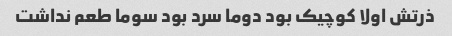
ذرتش اولا کوچیک بود دوما سرد بود سوما طعم نداشت